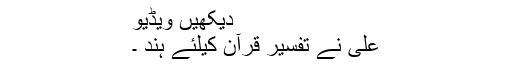
دیکھیں ویڈیو
علی نے تفسیر قرآن کیلئے ہند ۔